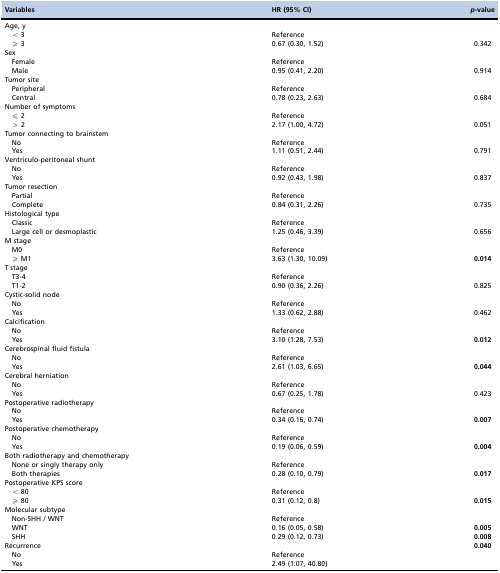
<table><thead><tr><td><b>Variables</b></td><td><b>HR (95% CI)</b></td><td><b><i>p</i>-value</b></td></tr></thead><tbody><tr><td>Age, y</td><td></td><td></td></tr><tr><td>&lt; 3</td><td>Reference</td><td></td></tr><tr><td>≥ 3</td><td>0.67 (0.30, 1.52)</td><td>0.342</td></tr><tr><td>Sex</td><td></td><td></td></tr><tr><td>Female</td><td>Reference</td><td></td></tr><tr><td>Male</td><td>0.95 (0.41, 2.20)</td><td>0.914</td></tr><tr><td>Tumor site</td><td></td><td></td></tr><tr><td>Peripheral</td><td>Reference</td><td></td></tr><tr><td>Central</td><td>0.78 (0.23, 2.63)</td><td>0.684</td></tr><tr><td>Number of symptoms</td><td></td><td></td></tr><tr><td>≤ 2</td><td>Reference</td><td></td></tr><tr><td>&gt; 2</td><td>2.17 (1.00, 4.72)</td><td>0.051</td></tr><tr><td>Tumor connecting to brainstem</td><td></td><td></td></tr><tr><td>No</td><td>Reference</td><td></td></tr><tr><td>Yes</td><td>1.11 (0.51, 2.44)</td><td>0.791</td></tr><tr><td>Ventriculo-peritoneal shunt</td><td></td><td></td></tr><tr><td>No</td><td>Reference</td><td></td></tr><tr><td>Yes</td><td>0.92 (0.43, 1.98)</td><td>0.837</td></tr><tr><td>Tumor resection</td><td></td><td></td></tr><tr><td>Partial</td><td>Reference</td><td></td></tr><tr><td>Complete</td><td>0.84 (0.31, 2.26)</td><td>0.735</td></tr><tr><td>Histological type</td><td></td><td></td></tr><tr><td>Classic</td><td>Reference</td><td></td></tr><tr><td>Large cell or desmoplastic</td><td>1.25 (0.46, 3.39)</td><td>0.656</td></tr><tr><td>M stage</td><td></td><td></td></tr><tr><td>M0</td><td>Reference</td><td></td></tr><tr><td>≥ M1</td><td>3.63 (1.30, 10.09)</td><td><b>0.014</b></td></tr><tr><td>T stage</td><td></td><td></td></tr><tr><td>T3-4</td><td>Reference</td><td></td></tr><tr><td>T1-2</td><td>0.90 (0.36, 2.26)</td><td>0.825</td></tr><tr><td>Cystic-solid node</td><td></td><td></td></tr><tr><td>No</td><td>Reference</td><td></td></tr><tr><td>Yes</td><td>1.33 (0.62, 2.88)</td><td>0.462</td></tr><tr><td>Calcification</td><td></td><td></td></tr><tr><td>No</td><td>Reference</td><td></td></tr><tr><td>Yes</td><td>3.10 (1.28, 7.53)</td><td><b>0.012</b></td></tr><tr><td>Cerebrospinal fluid fistula</td><td></td><td></td></tr><tr><td>No</td><td>Reference</td><td></td></tr><tr><td>Yes</td><td>2.61 (1.03, 6.65)</td><td><b>0.044</b></td></tr><tr><td>Cerebral herniation</td><td></td><td></td></tr><tr><td>No</td><td>Reference</td><td></td></tr><tr><td>Yes</td><td>0.67 (0.25, 1.78)</td><td>0.423</td></tr><tr><td>Postoperative radiotherapy</td><td></td><td></td></tr><tr><td>No</td><td>Reference</td><td></td></tr><tr><td>Yes</td><td>0.34 (0.16, 0.74)</td><td><b>0.007</b></td></tr><tr><td>Postoperative chemotherapy</td><td></td><td></td></tr><tr><td>No</td><td>Reference</td><td></td></tr><tr><td>Yes</td><td>0.19 (0.06, 0.59)</td><td><b>0.004</b></td></tr><tr><td>Both radiotherapy and chemotherapy</td><td></td><td></td></tr><tr><td>None or singly therapy only</td><td>Reference</td><td></td></tr><tr><td>Both therapies</td><td>0.28 (0.10, 0.79)</td><td><b>0.017</b></td></tr><tr><td>Postoperative KPS score</td><td></td><td></td></tr><tr><td>&lt; 80</td><td>Reference</td><td></td></tr><tr><td>≥ 80</td><td>0.31 (0.12, 0.8)</td><td><b>0.015</b></td></tr><tr><td>Molecular subtype</td><td></td><td></td></tr><tr><td>Non-SHH / WNT</td><td>Reference</td><td></td></tr><tr><td>WNT</td><td>0.16 (0.05, 0.58)</td><td><b>0.005</b></td></tr><tr><td>SHH</td><td>0.29 (0.12, 0.73)</td><td><b>0.008</b></td></tr><tr><td>Recurrence</td><td></td><td><b>0.040</b></td></tr><tr><td>No</td><td>Reference</td><td></td></tr><tr><td>Yes</td><td>2.49 (1.07, 40.80)</td><td></td></tr></tbody></table>